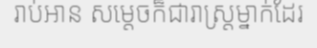
រាប់អាន សម្តេចក៏ជារាស្ត្រម្នាក់ដែរ